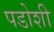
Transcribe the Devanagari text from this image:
पडोशी